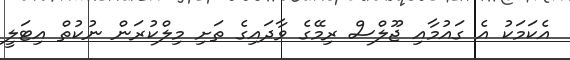
އެކަމަކު އެ ގައުމާއި ޖޫލްސް ރިމޭގެ ވާދައިގެ ތަށި މިލްކުރަން ނުކުތް އިޓަލީ